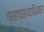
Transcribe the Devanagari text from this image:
ग्रहच्छायाधिकार